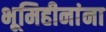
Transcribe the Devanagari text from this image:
भूमिहीनांना